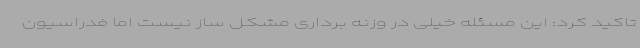
تاکید کرد: این مسئله خیلی در وزنه برداری مشکل ساز نیست اما فدراسیون